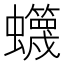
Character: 䘊